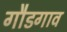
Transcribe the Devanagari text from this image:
गौडगाव